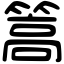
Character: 篙